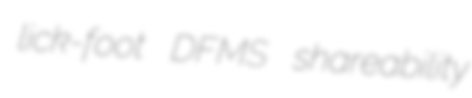
lick-foot DFMS shareability